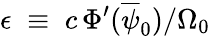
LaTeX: \epsilon\; \equiv\; c\, \Phi^{\prime}(\overline{{\psi}}_{0})/\Omega_{0}